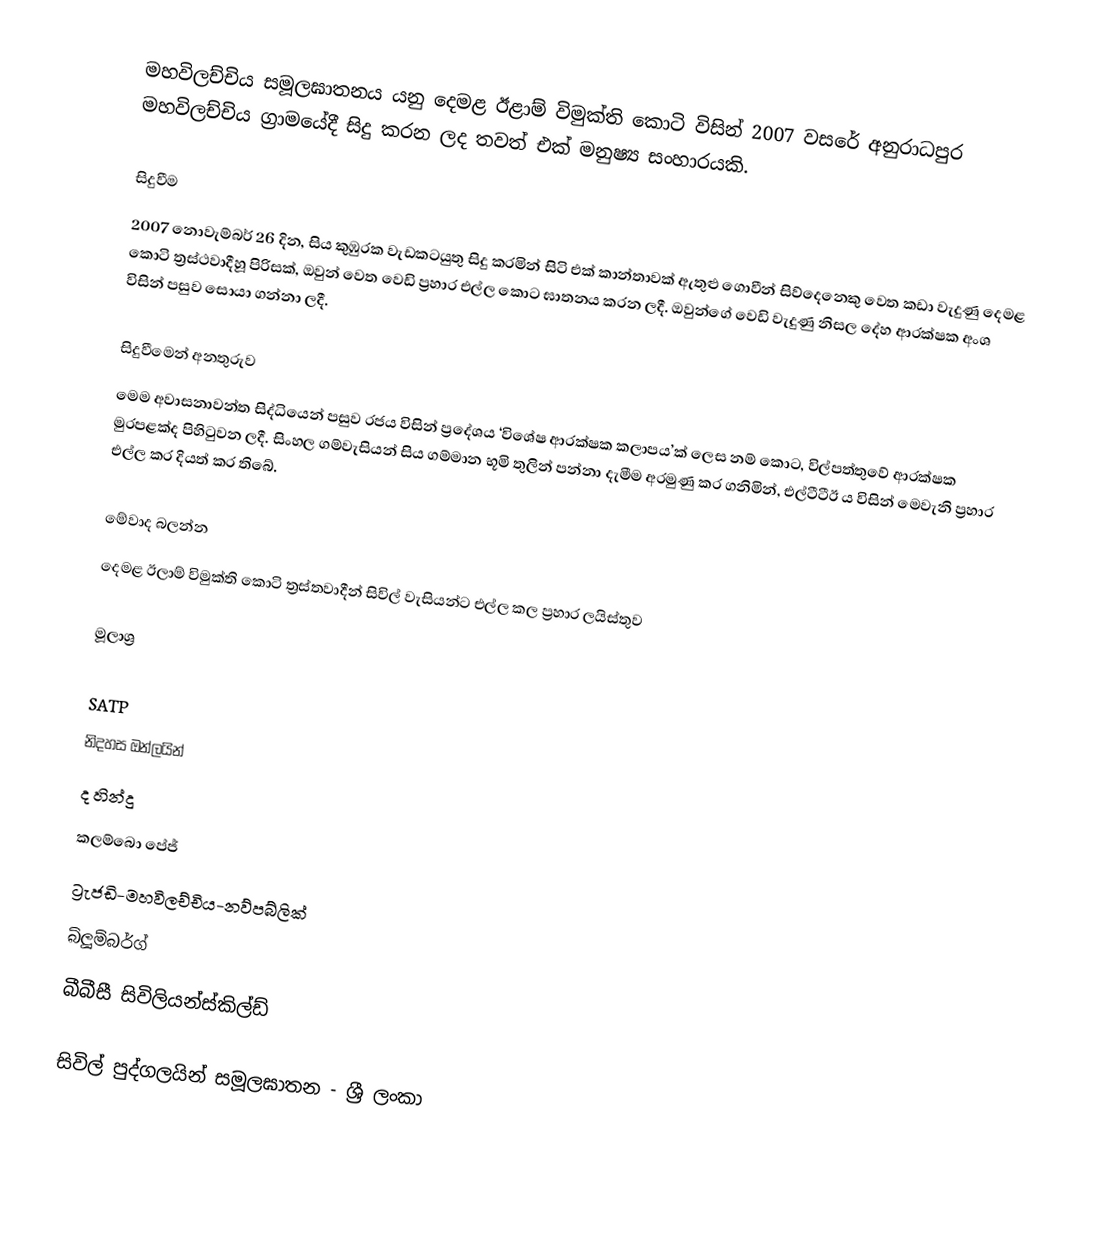
මහවිලච්චිය සමූලඝාතනය යනු දෙමළ ඊළාම් විමුක්ති කොටි විසින් 2007 වසරේ අනුරාධපුර මහවිලච්චිය ග්‍රාමයේදී සිදු කරන ලද තවත් එක් මනුෂ්‍ය සංහාරයකි.

සිදුවීම
2007 නොවැම්බර් 26 දින, සිය කුඹුරක වැඩකටයුතු සිදු කරමින් සිටි එක් කාන්තාවක් ඇතුළු ගොවීන් සිව්දෙනෙකු වෙත කඩා වැදුණු දෙමළ කොටි ත්‍රස්ථවාදීහූ පිරිසක්, ඔවුන් වෙත වෙඩි ප්‍රහාර එල්ල කොට ඝාතනය කරන ලදී. ඔවුන්ගේ වෙඩි වැදුණු නිසල දේහ ආරක්ෂක අංශ විසින් පසුව සොයා ගන්නා ලදී.

සිදුවීමෙන් අනතුරුව
මෙම අවාසනාවන්ත සිද්ධියෙන් පසුව රජය විසින් ප්‍රදේශය ‘විශේෂ ආරක්ෂක කලාපය’ක් ලෙස නම් කොට, විල්පත්තුවේ ආරක්ෂක මුරපළක්ද පිහිටුවන ලදී. සිංහල ගම්වැසියන් සිය ගම්මාන භූමි තුලින් පන්නා දැමීම අරමුණු කර ගනිමින්, එල්ටීටීඊ ය විසින් මෙවැනි ප්‍රහාර එල්ල කර දියත් කර තිබේ.

මේවාද බලන්න
 දෙමළ ඊලාම් විමුක්ති කොටි ත්‍රස්තවාදීන් සිවිල් වැසියන්ට එල්ල කල ප්‍රහාර ලයිස්තුව

මූලාශ්‍ර

SATP
නිදහස ඔන්ලයින්
ද හින්දු
කලම්බො පේජ්
ට්‍රැජඩි-මහවිලච්චිය-නව්පබ්ලික්
බ්ලූම්බර්ග්
බීබීසී සිවිලියන්ස්කිල්ඩ්

සිවිල් පුද්ගලයින් සමූලඝාතන - ශ්‍රී ලංකා